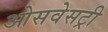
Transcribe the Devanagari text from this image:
ओसवेसट्री